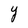
Character: Y